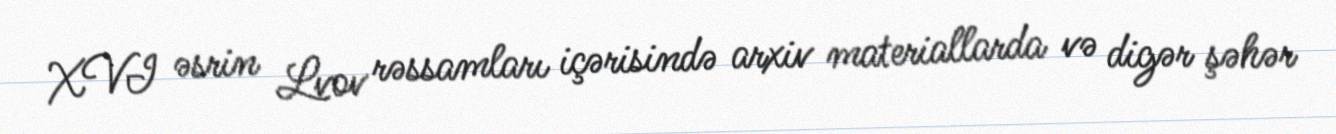
XVI əsrin Lvov rəssamları içərisində arxiv materiallarda və digər şəhər